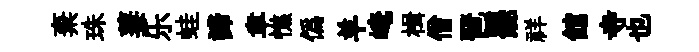
棄珠萋乐蛙諦聿憔僞羊崦楫僧琶罷祥館寺也